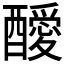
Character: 𨣥